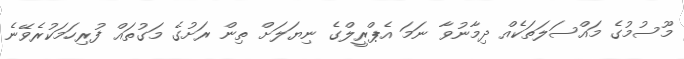
މޫސުމުގެ މައްސަލަތަކެއް ދިމާނުވާ ނަމަ އެޕްރީލްގެ ނިޔަލަށް ތިން ރަށުގެ މަގުތައް ފުރިހަމަކުރެވޭނެ